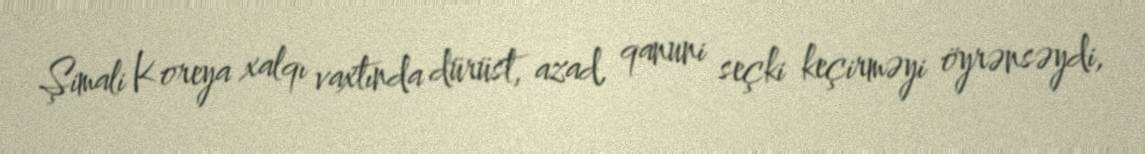
Şimali Koreya xalqı vaxtında dürüst, azad, qanuni seçki keçirməyi öyrənsəydi,